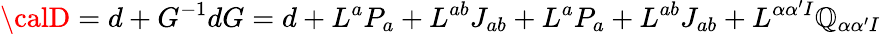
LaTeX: {\calD}=d+G^{-1}dG=d+L^{a}P_{a}+L^{ab}J_{ab}+L^{a}P_{a}+L^{ab}J_{ab}+L^{\alpha\alpha^{\prime}I}\mathbb{Q}_{\alpha\alpha^{\prime}I}